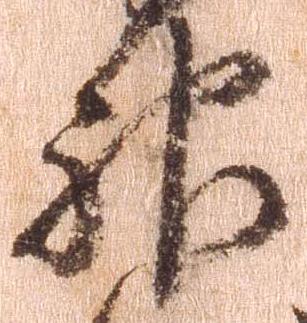
神